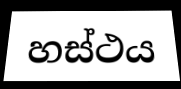
හස්ථය